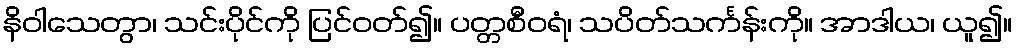
နိဝါသေတွာ၊ သင်းပိုင်ကို ပြင်ဝတ်၍။ ပတ္တစီဝရံ၊ သပိတ်သင်္ကန်းကို။ အာဒါယ၊ ယူ၍။